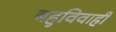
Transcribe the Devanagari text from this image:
बहुविवाही